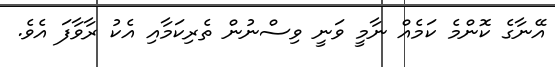
އޭނާގެ ކޮންމެ ކަމެއް ނާމީ ވަނީ ވިސްނުން ތެރިކަމާއި އެކު ރާވާފަ އެވެ.